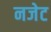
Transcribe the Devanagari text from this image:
नजेट